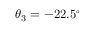
\theta _ { 3 } = - 2 2 . 5 ^ { \circ }